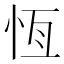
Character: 恆